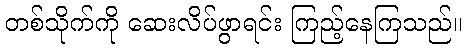
တစ်သိုက်ကို ဆေးလိပ်ဖွာရင်း ကြည့်နေကြသည်။